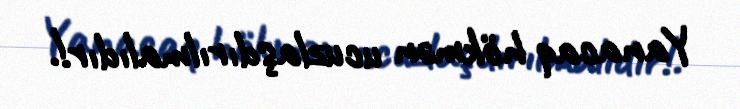
Yanacaq hökmən ucuzlaşdırılmalıdır!.